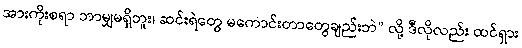
အားကိုးစရာ ဘာမျှမရှိဘူး၊ ဆင်းရဲတွေ မကောင်းတာတွေချည်းဘဲ” လို့ ဒီလိုလည်း ထင်ရှား